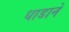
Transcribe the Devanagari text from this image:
धाडाने